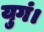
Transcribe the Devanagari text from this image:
युगं।